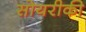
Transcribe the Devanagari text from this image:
सोयरीकी